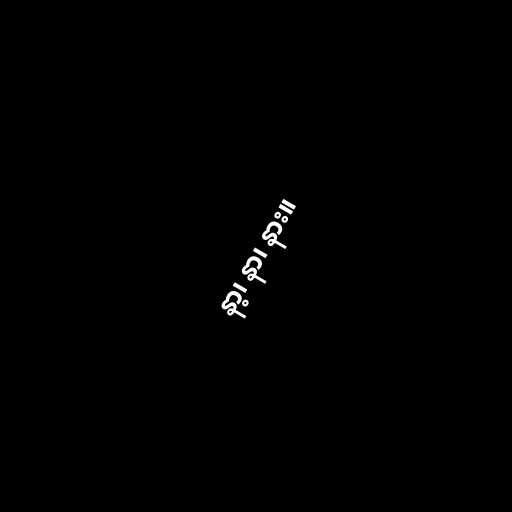
နာ့၊ နာ၊ နား။